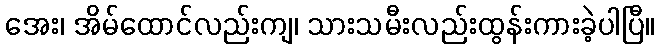
အေး၊ အိမ်ထောင်လည်းကျ၊ သားသမီးလည်းထွန်းကားခဲ့ပါပြီ။